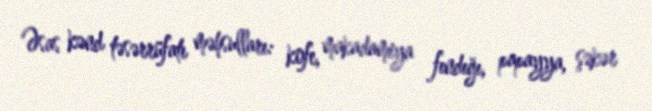
Əsas kənd təsərrüfatı məhsulları: kofe, makadamiya fındığı, papayya, şəkər